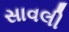
સાવલી